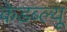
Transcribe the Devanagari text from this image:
केडब्ल्यू